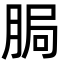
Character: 䏱